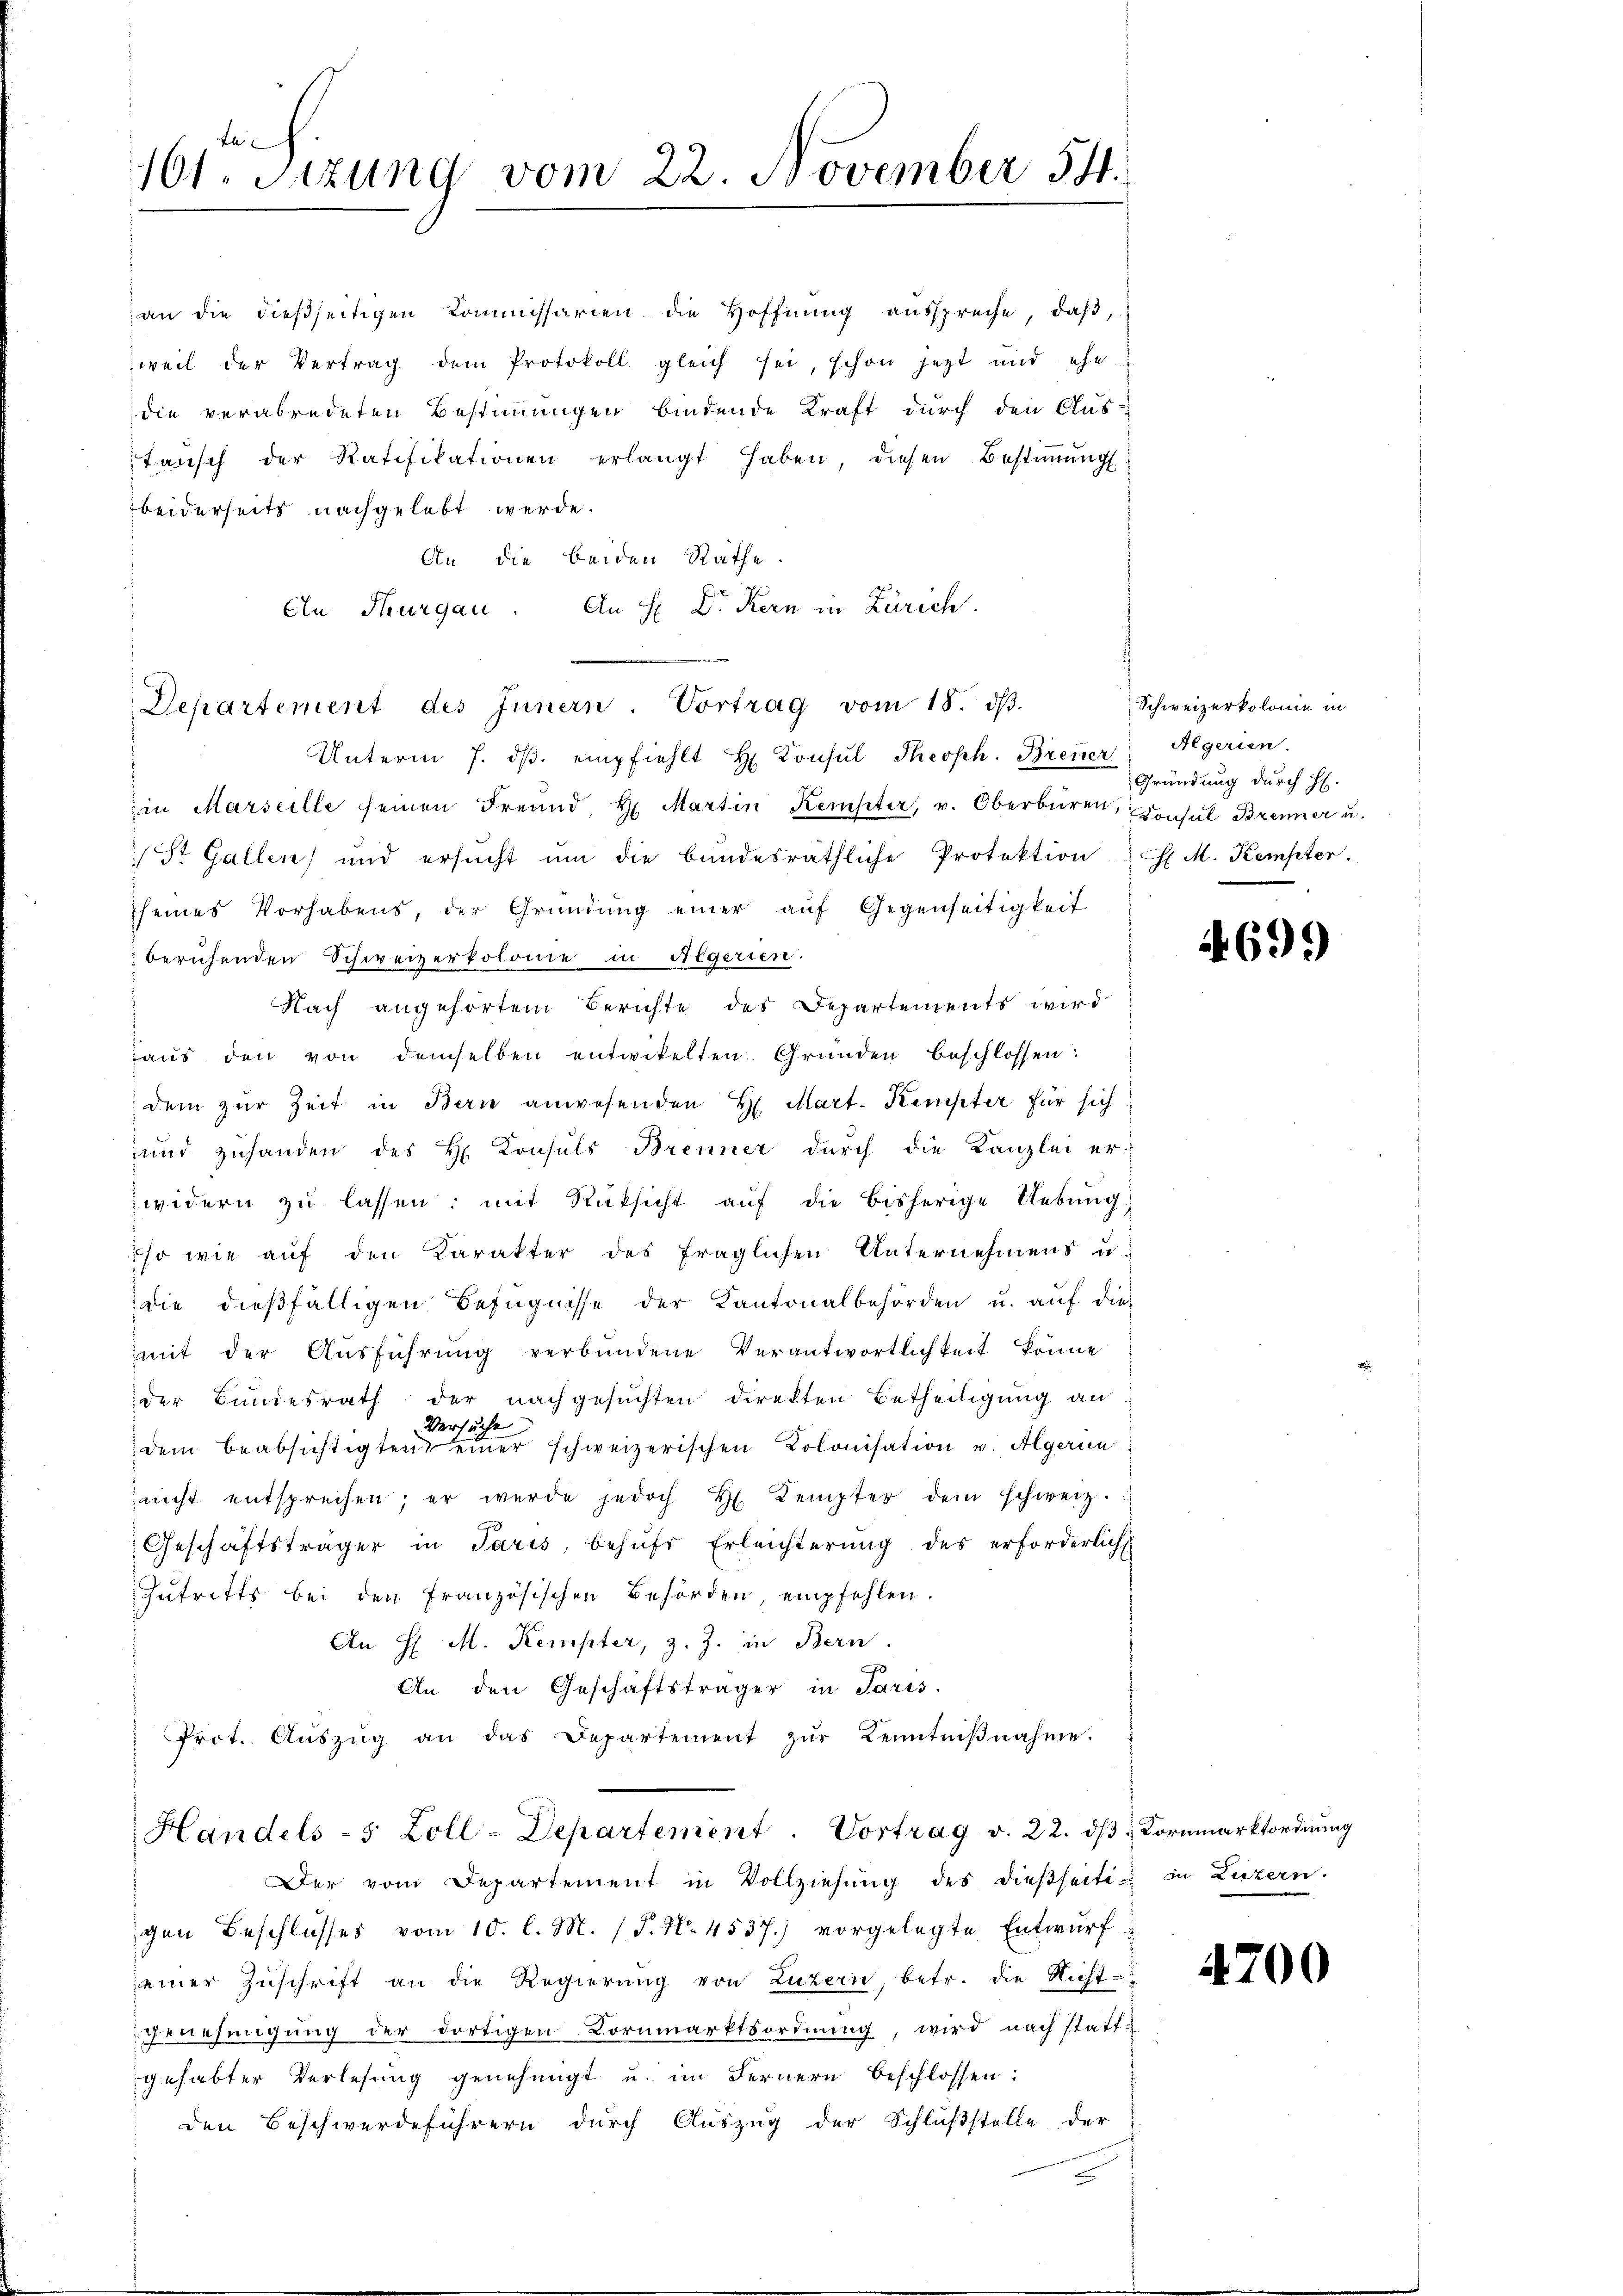
tec
161. Sitzung vom 22. November 54

an die dießseitigen Kommissarien die Hoffnŭng aŭsspreche, daβ,
weil der Vertrag dem Protokoll gleich sei, schon jetzt und ehe
die verabredeten Bestimmungen bindende Kraft durch den Aus-
tansch der Ratifikationen erlangt haben, diesen Bestiṁŭng
beiderseits nachgelebt werde.
An die beiden Räthe.
An Thurgau. An H: Dr. Kern in Zürich.

Departement des Innern. Vortrag vom 18. dβ.
Unterm 7. dβ. empfiehlt H. Konsul Theoph. Brenner

in Marseille seinen Freund, H. Martin Kempter, v. Oberbüren, Konsul Brenner u.
 St. Gallen und ersucht ŭm die bundesräthliche Protektion M. Kempter.
seines Vorhabens, der Gründung einer aŭf Gegenseitigkeit
beruhenden Schweizerkolonie in Algerien.
Nach angehörtem Berichte des Departements wird
aus den von demselben entwitelten Gründen beschlossen:
dem zur Zeit in Berne anwesenden H. Mart. Kempter für sich
und zuhanden des H. Consuls Brenner durch die Kanzlei erwidern zŭ lassen; mit Rüksicht aŭf die bisherige Uebŭng
iso wie auf den Karakter des fraglichen Unternehmens u.
die dießfälligen Befugnisse der Kantonalbehörden u. auf dies
mit der Aŭsführŭng verbŭndene Verantwortlichkeit könne
der Bundesrath der nachgesuchten direkten Betheiligŭng an
Versuche
dem beabsichtigten einer schweizerischen Kolonisation v. Algerin
nicht entsprechen; er werde jedoch H. Kempter dem schweiz.
Geschäftsträger in Paris, behufs Erleichterung des erforderlich
Zutritts bei den Französischen Behörden empfehlen.
An H. M. Kempter, z. Z. in Bern.
An den Geschäftsträger in Paris.
Prot. Aŭszŭg an das Departement zŭr Kenntniβnahme.
Handels- 5 Zoll-Departement. Vortrag v. 22. dβ Kornmarktordnŭng
Der vom Departement in Vollziehŭng des dießseiti- in Luzern.
gen Beschlusses vom 10. l. M. /. P. Nr. 4537.) vorgelegte Entwurf
seiner Zŭschrift an die Regierŭng von Luzern, betr. die Nicht-
genehmigung der dortigen Bornmarktsordnŭng, wird nach stattgehabter Verlesung genehmigt u. im Fernern beschlossen:
den Beschwerdeführern durch Auszug der Schlußstelle der
.

Schweizerkolonie in
Aegerien.
Gründung durch H.

4699

4700